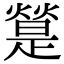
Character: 𤐔